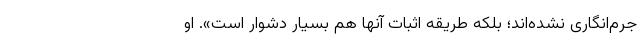
جرم‌انگاری نشده‌اند؛ بلکه طریقه اثبات آنها هم بسیار دشوار است». ‌او